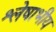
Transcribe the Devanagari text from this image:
श्लेषाभीय